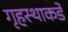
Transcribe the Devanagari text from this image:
गृहस्थाकडे